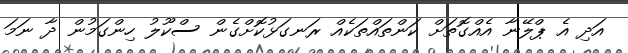
އަދި އެ ޕްލޭނާ އެއްގޮތަށް ކަންތައްތަކެއް ރަނގަޅުކޮށްގެން ސްކޫލު ހިންގަމުން ދާ ނަމަ